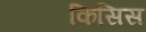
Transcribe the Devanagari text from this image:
किसिस